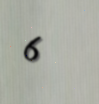
6